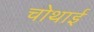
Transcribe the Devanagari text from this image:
चोथाई